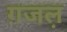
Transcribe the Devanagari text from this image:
ग़जल़